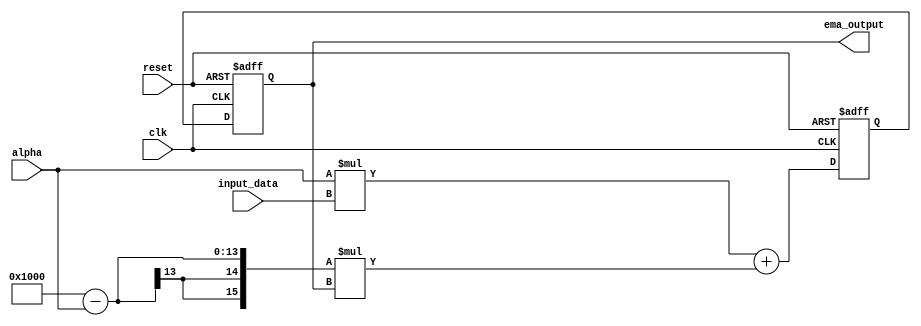
module EMA_accumulator (
    input wire clk,
    input wire reset,
    input wire [DATA_WIDTH-1:0] input_data,
    input wire [ALPHA_WIDTH-1:0] alpha,
    output reg [OUTPUT_WIDTH-1:0] ema_output
);

parameter DATA_WIDTH = 8; //width of input data
parameter ALPHA_WIDTH = 4; //width of alpha coefficient
parameter OUTPUT_WIDTH = 12; //width of output

reg [OUTPUT_WIDTH-1:0] ema_reg;
reg [OUTPUT_WIDTH-1:0] ema_sum;

always @(posedge clk or posedge reset) begin
    if (reset) begin
        ema_reg <= 'b0;
        ema_sum <= 'b0;
    end else begin
        ema_sum <= (alpha * input_data) + ((16'h1000 - alpha) * ema_reg);
        ema_reg <= ema_sum;
    end
end

assign ema_output = ema_reg;

endmodule